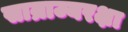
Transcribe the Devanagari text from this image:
साम्राज्यरक्षा